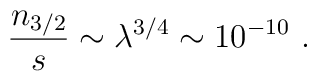
{n_{3/2}\over s} \sim   \lambda^{3/4}  \sim 10^{-10}  \ .